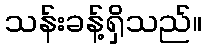
သန်းခန့်ရှိသည်။